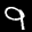
Label: 9